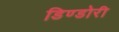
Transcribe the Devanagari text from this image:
डिण्डोरी